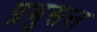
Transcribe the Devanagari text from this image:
प्रभुसत्त